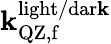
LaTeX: \mathbf{k}_{\mathrm{{QZ,f}}}^{\mathrm{{light/dar\mathbf{k}}}}